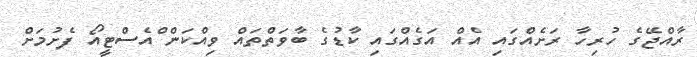
ރާއްޖޭގެ ހުރިހާ ރަށެއްގައި އެއް އަގެއްގައި ކާޑުގެ ބާވަތްތައް ވިއްކަން ްއެސްޓީއޯ ފެށުމަށް